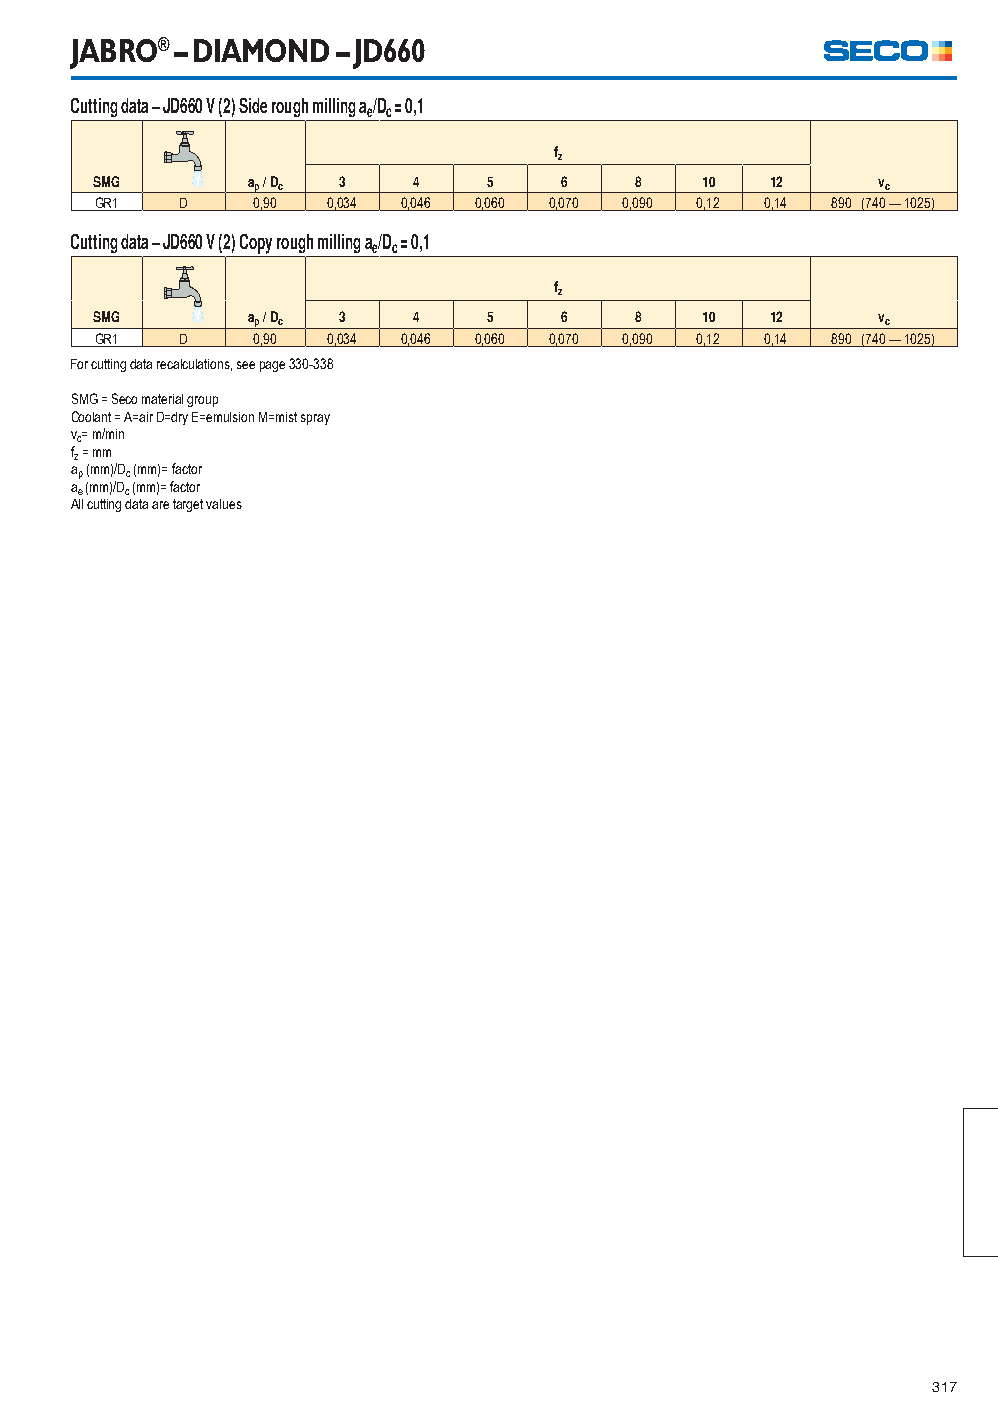
JABRO® – DIAMOND – JD660
 Cutting data – JD660 V (2) Side rough milling a/D = 0,1
 e c
 fz
 SMG       ap / Dc 3  4    5    6    8    10  12     vc
 GR1   D    0,90 0,034 0,046 0,060 0,070 0,090 0,12 0,14 890 (740 — 1025)
 Cutting data – JD660 V (2) Copy rough milling a/D = 0,1
 e c
 fz
 SMG       ap / Dc 3  4    5    6    8    10  12     vc
 GR1   D    0,90 0,034 0,046 0,060 0,070 0,090 0,12 0,14 890 (740 — 1025)
 For cutting data recalculations, see page 330-338
 SMG = Seco material group
 Coolant = A=air D=dry E=emulsion M=mist spray
 vc= m/min
 fz = mm
 ap (mm)/Dc (mm)= factor
 ae (mm)/Dc (mm)= factor
 All cutting data are target values
 317